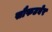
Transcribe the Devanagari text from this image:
सौफटवेर